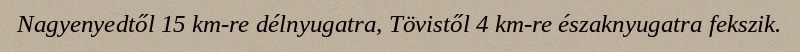
Nagyenyedtől 15 km-re délnyugatra, Tövistől 4 km-re északnyugatra fekszik.